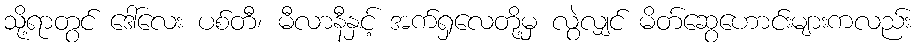
သို့ရာတွင် ဒေါ်လေး ပစ်တီ၊ မီလာနီနှင့် အက်ရှလေတို့မှ လွဲလျှင် မိတ်ဆွေဟောင်းများကလည်း